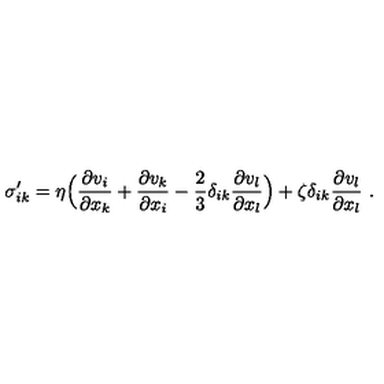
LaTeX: \sigma _ { i k } ^ { \prime } = \eta \Bigl ( { \frac { \partial v _ { i } } { \partial x _ { k } } } + { \frac { \partial v _ { k } } { \partial x _ { i } } } - { \frac { 2 } { 3 } } \delta _ { i k } { \frac { \partial v _ { l } } { \partial x _ { l } } } \Bigr ) + \zeta \delta _ { i k } { \frac { \partial v _ { l } } { \partial x _ { l } } } \ .